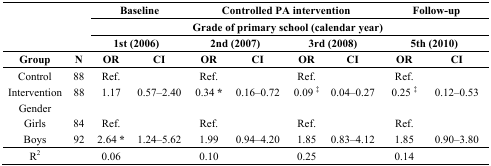
| <COLSPAN=2>  | <COLSPAN=2> Baseline | <COLSPAN=4> Controlled PA intervention | <COLSPAN=2> Follow-up |
 | <COLSPAN=2>  | <COLSPAN=8> Grade of primary school (calendar year) |
 | <COLSPAN=2>  | <COLSPAN=2> 1st (2006) | <COLSPAN=2> 2nd (2007) | <COLSPAN=2> 3rd (2008) | <COLSPAN=2> 5th (2010) |
 | Group | N | OR | CI | OR | CI | OR | CI | OR | CI |
 | --- | --- | --- | --- | --- | --- | --- | --- | --- | --- |
 | Control | 88 | Ref. |  | Ref. |  | Ref. |  | Ref. |  |
 | Intervention | 88 | 1.17 | 0.57–2.40 | 0.34 * | 0.16–0.72 | 0.09 ‡ | 0.04–0.27 | 0.25 ‡ | 0.12–0.53 |
 | Gender |  |  |  |  |  |  |  |  |  |
 | Girls | 84 | Ref. |  | Ref. |  | Ref. |  | Ref. |  |
 | Boys | 92 | 2.64 * | 1.24–5.62 | 1.99 | 0.94–4.20 | 1.85 | 0.83–4.12 | 1.85 | 0.90–3.80 |
 | R2 |  | 0.06 |  | 0.10 |  | 0.25 |  | 0.14 |  |